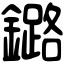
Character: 鏴